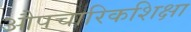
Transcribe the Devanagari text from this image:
औपचारिकशिक्षा